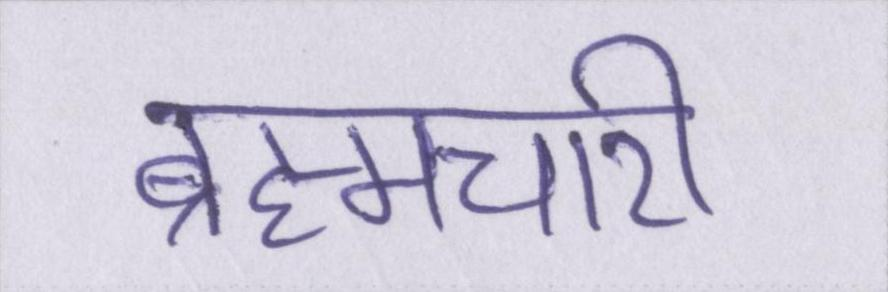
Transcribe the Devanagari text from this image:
ब्रह्मचारी